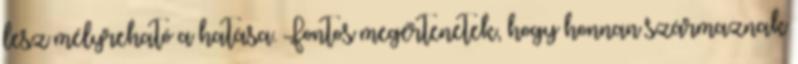
lesz mélyreható a hatása. Fontos megértenetek, hogy honnan származnak